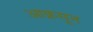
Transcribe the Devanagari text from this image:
आक्रसून